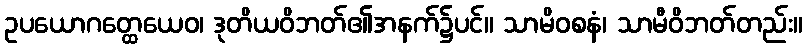
ဥပယောဂတ္ထေယေဝ၊ ဒုတိယဝိဘတ်၏အနက်၌ပင်။ သာမိဝစနံ၊ သာမီဝိဘတ်တည်း။